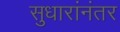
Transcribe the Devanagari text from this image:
सुधारांनंतर